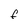
Character: F